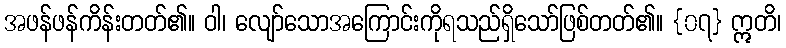
အဖန်ဖန်ကိန်းတတ်၏။ ဝါ၊ လျော်သောအကြောင်းကိုရသည်ရှိသော်ဖြစ်တတ်၏။ {၀၇} ဣတိ၊